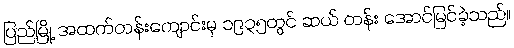
ပြည်မြို့ အထက်တန်းကျောင်းမှ ၁၉၃၅တွင် ဆယ် တန်း အောင်မြင်ခဲ့သည်။